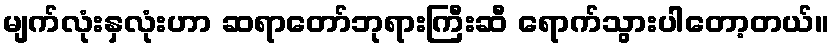
မျက်လုံးနှလုံးဟာ ဆရာတော်ဘုရားကြီးဆီ ရောက်သွားပါတော့တယ်။